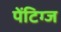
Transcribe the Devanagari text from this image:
पेंटिग्ज